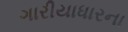
ગારીયાધારના